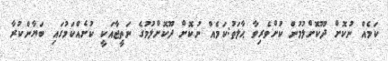
ކަމެއް ނުކޮށް ދޫކޮށްލުމުން ކުށްވެރިވާ ޙާލަތު:ކަމެއް ނުކޮށް ދޫކޮށްލުމުގެ ނަތީޖާއަކީ ކުށެއްކަމުގައި ބަޔާންކުރާ